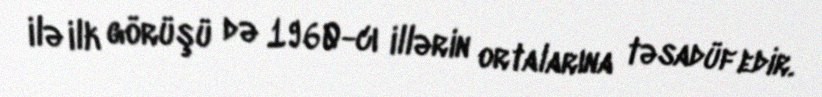
ilə ilk görüşü də 1960-cı illərin ortalarına təsadüf edir.